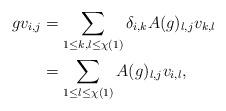
LaTeX: \begin{align*}gv_{i,j}&=\sum_{1\le k,l\le\chi(1)}\delta_{i,k}A(g)_{l,j}v_{k,l}\\&= \sum_{1\le l\le\chi(1)}A(g)_{l,j}v_{i,l} ,\end{align*}